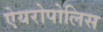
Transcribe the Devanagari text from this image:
ऐयरोपोलिस